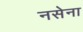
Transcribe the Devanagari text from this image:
नसेना